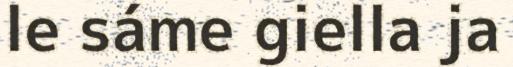
le sáme giella ja